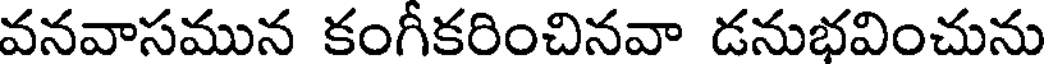
వనవాసమున కంగీకరించినవా డనుభవించును